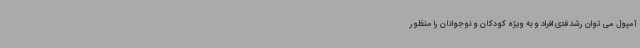
آمپول می توان رشد قدی افراد و به ویژه کودکان و نوجوانان را منظور